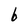
Character: b